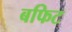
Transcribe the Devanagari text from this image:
बफिट